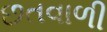
છતવાળી